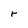
Character: r